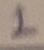
Text: 1